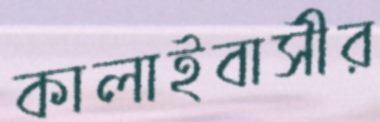
কালাইবাসীর